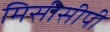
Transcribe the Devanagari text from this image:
मिसीसीपी